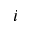
i